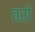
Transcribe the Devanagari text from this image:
तरो